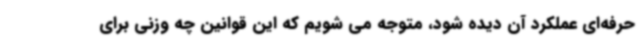
حرفه‌ای عملکرد آن دیده شود، متوجه می شویم که این قوانین چه وزنی برای